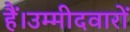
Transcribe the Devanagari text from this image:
हैं।उम्मीदवारों